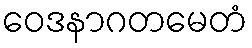
ဝေဒနာဂတမေတံ